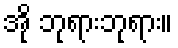
အို ဘုရားဘုရား။